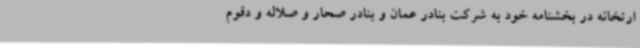
ارتخانه در بخشنامه خود به شرکت بنادر عمان و بنادر صحار و صلاله و دقوم